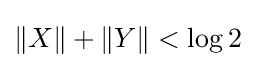
\|X\|+\|Y\|<\log 2